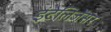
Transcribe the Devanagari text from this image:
इंटेलिजेंसर